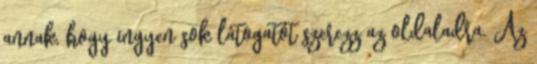
annak, hogy ingyen sok látogatót szerezz az oldaladra. Az